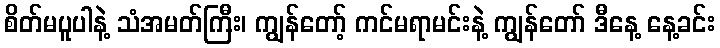
စိတ်မပူပါနဲ့ သံအမတ်ကြီး၊ ကျွန်တော့် ကင်မရာမင်းနဲ့ ကျွန်တော် ဒီနေ့ နေ့ခင်း